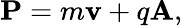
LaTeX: \mathbf{P}=m\mathbf{\mathbf{v}}+q\mathbf{A},